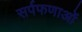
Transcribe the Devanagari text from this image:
सर्पफणाओं